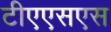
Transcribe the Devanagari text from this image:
टीएएसएस